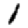
Digit: 1